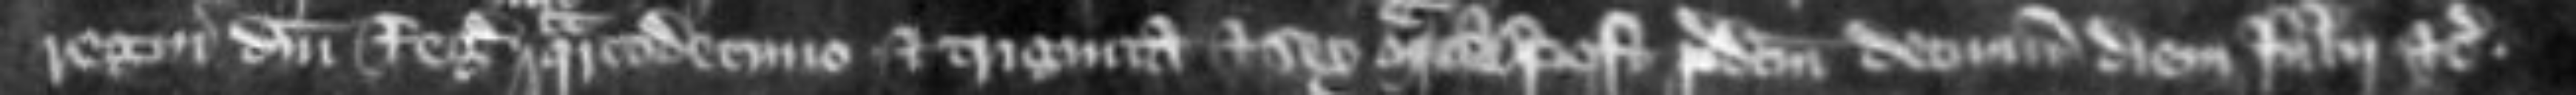
regni domini regis quartodecimo et triginta et sex marcas post predictum decimum diem Julii etc